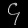
Digit: ၄